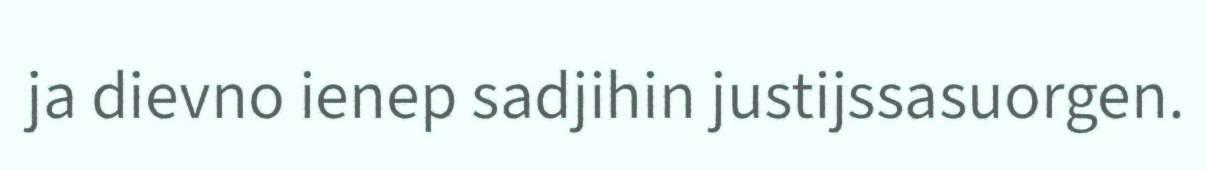
ja dievno ienep sadjihin justijssasuorgen.